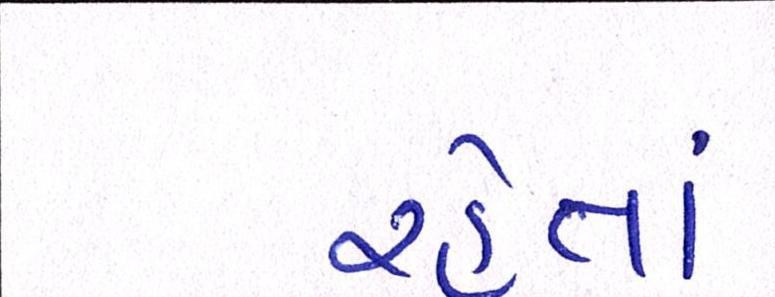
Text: રહેતાં